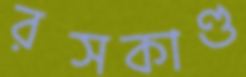
রসকাণ্ড